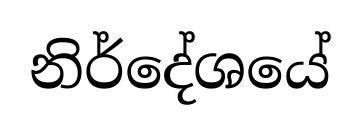
නිර්දේශයේ